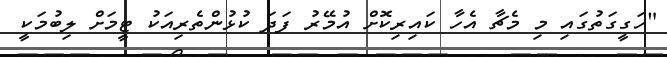
"ހަގީގަތުގައި މި މެޗާ އެހާ ކައިރިކޮށް އުމޭރު ފަދަ ކުޅުންތެރިއަކު ޓީމަށް ލިބުމަކީ